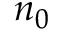
n _ { 0 }